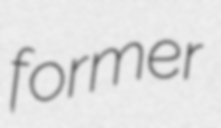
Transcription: former